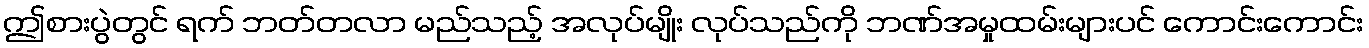
ဤစားပွဲတွင် ရက် ဘတ်တလာ မည်သည့် အလုပ်မျိုး လုပ်သည်ကို ဘဏ်အမှုထမ်းများပင် ကောင်းကောင်း